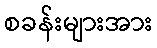
စခန်းများအား